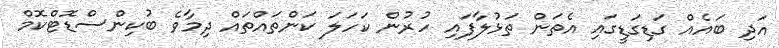
އަދި ބައެއް ގަޑިގަޑީގައި އެތަން ތަޅުލާފައި ހުރުން ކަހަލަ ކަންތައްތައް ދިމާވެ ބުކިންސްޑޮޓްކޮމް